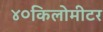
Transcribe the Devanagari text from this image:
४०किलोमीटर